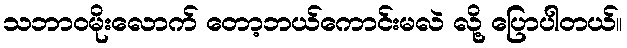
သဘာဝမိုးလောက် တော့ဘယ်ကောင်းမလဲ လို့ ပြောပါတယ်။